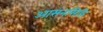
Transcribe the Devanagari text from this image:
आसनसिद्धि